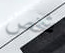
شخص